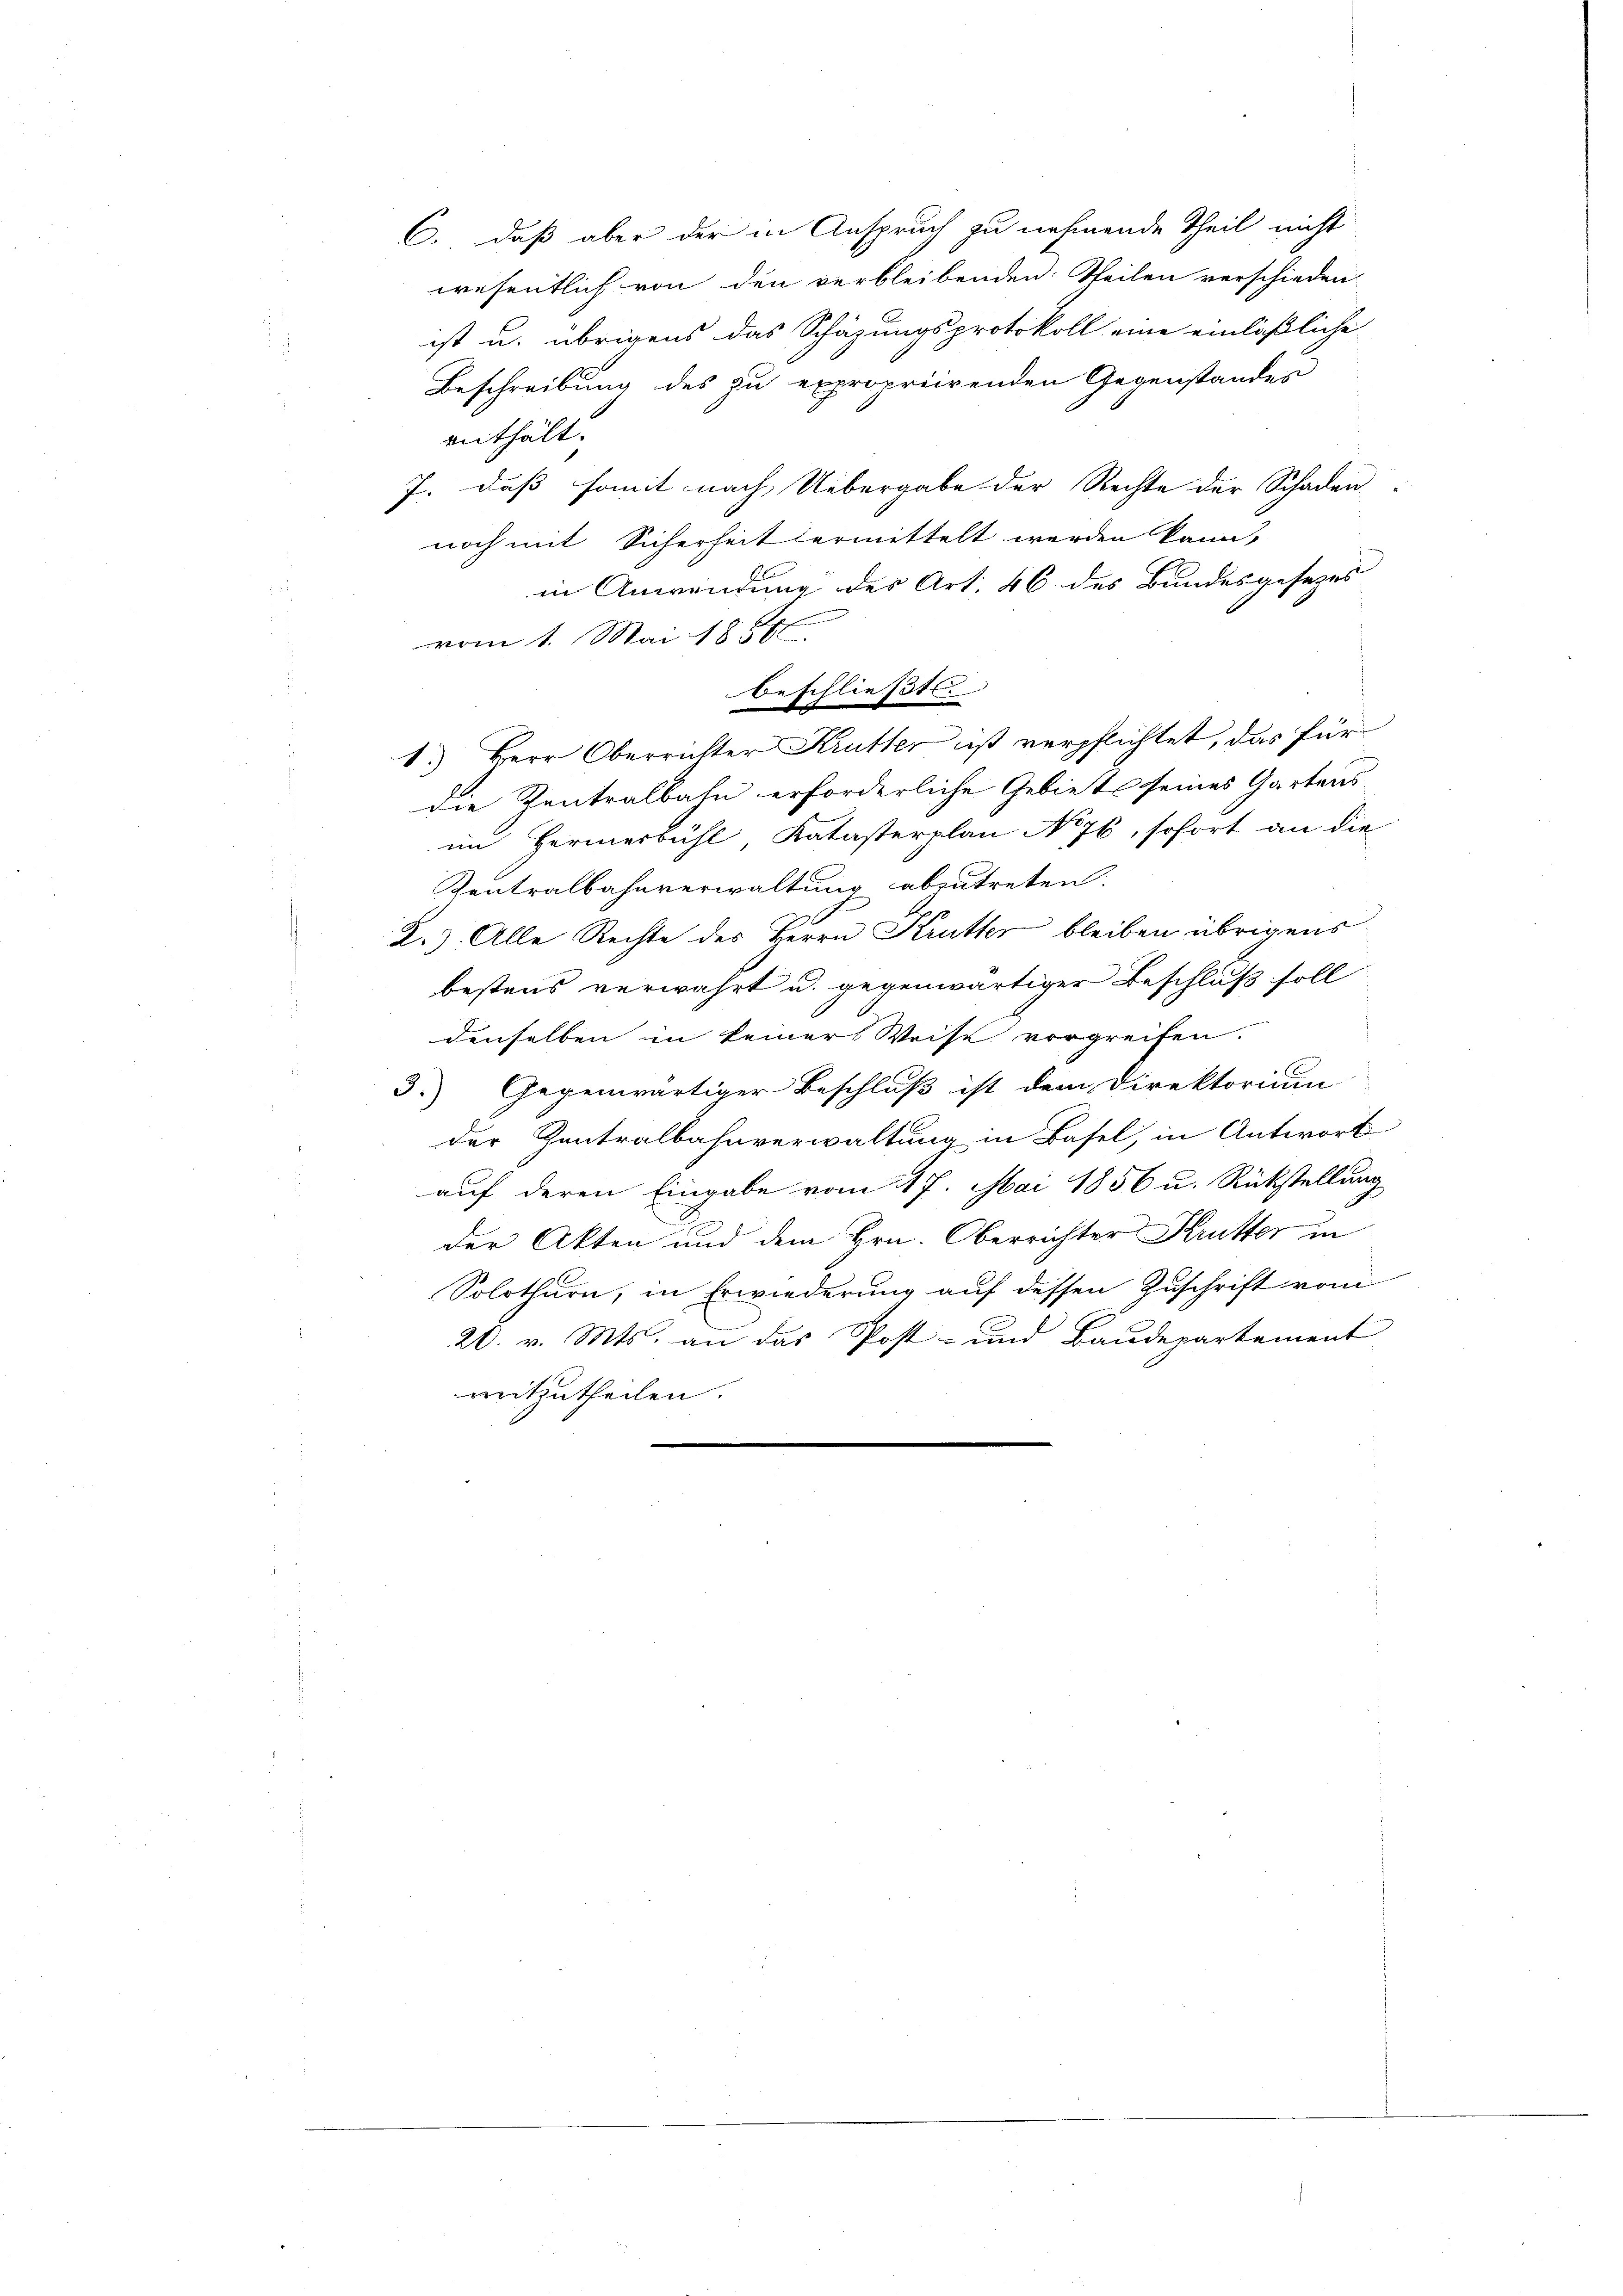
C., daß aber der in Anspruch zu nehmende Theil nicht
wesentlich von den verbleibenden Theilen verschieden.
ist u. übrigens das Schäzungsprotokoll eine einläßliche
Beschreibung des zu expropriirenden Gegenstandes
enthält.
7. daß somit nach Uebergabe der Rechte der Schaden
noch mit Sicherheit ermittelt werden kann,
in Anwendung des Art. 46 des Bundesgesezes
n
c
vom 1. Mai 1858.
beschließt.
1. Herr Oberrichter Krutter ist verpflichtet, das für
die Zentralbahn erforderliche Gebiets seines Gartens
im Hermerbühl Katasterplan No 76, sofort an die
Zentralbahnverwaltung abzutreten.
2.). Alle Rechte des Herrn Kruther bleiben übrigens
bestens verwahrt u. gegenwärtiger Beschluß soll
denselben in keiner Weise vorgreifen.
3.) Gegenwärtiger Beschluß ist dem Direktorium
der Zentralbahnverwaltung in Basel, in Antwort
auf deren Eingabe vom 17. Mai 1856 u. Rückstellung
der Akten und dem Hrn. Oberrichter Kutter in
Solothurn, in Erwiederung auf dessen Zuschrift vom
20. v. Mts. an das Post- und Baudepartement
mitzutheilen.